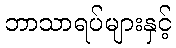
ဘာသာရပ်များနှင့်